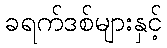
ခရက်ဒစ်များနှင့်